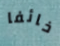
خائفا